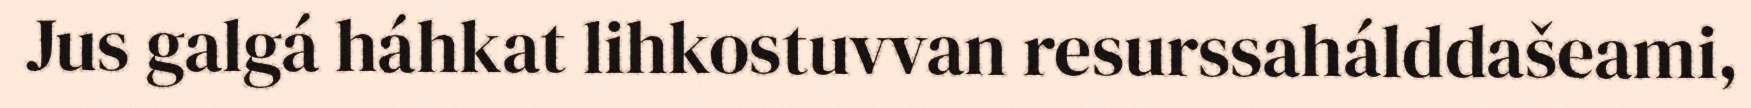
Jus galgá háhkat lihkostuvvan resurssahálddašeami,